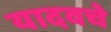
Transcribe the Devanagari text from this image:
यादवचे